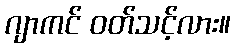
ဂျာကင် ဝတ်သင့်လား။